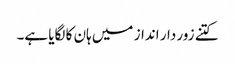
کتنے زور دار انداز میں ہان کا لگایا ہے۔